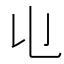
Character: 𠄑